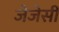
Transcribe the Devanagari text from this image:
जेजेसी